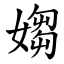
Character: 媰